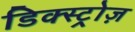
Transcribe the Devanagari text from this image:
डिक्स्ट्रोज़